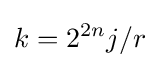
k=2^{2n}j/r